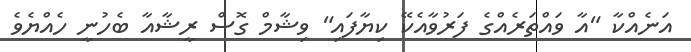
އަނެއްކާ "އާ ވައްތަރެއްގެ ފަރުވާއެކޭ ކިޔާފައި" ވިޝާމް ގޮސް ރީޝާއާ ބެހުނީ ހެއްޔެވެ